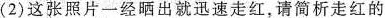
(2)这张照片一经晒出就迅速走红，请简析走红的